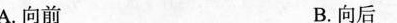
A.向前 B.向后